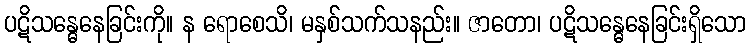
ပဋိသန္ဓေနေခြင်းကို။ န ရောစေသိ၊ မနှစ်သက်သနည်း။ ဇာတော၊ ပဋိသန္ဓေနေခြင်းရှိသော